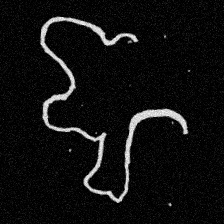
Pyu character \u2014 Myanmar letter: ဈ (romanized: jha)